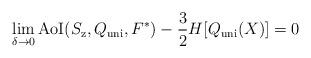
LaTeX: \begin{align*}\lim_{\delta \to 0} {\rm AoI}(S_{\mathrm{z}},Q_{{\mathrm{uni}}},F^*)-\frac{3}{2}H[Q_{\mathrm{uni}}(X)]=0\end{align*}